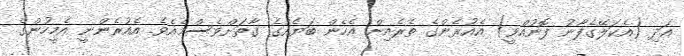
އަދި (އެކަލޭގެފާނު ފޮނުއްވީ) އެއުރެންގެ ތެރެއިން އެހެން ބަޔެއްގެ ގާތަށްވެސްމެއެވެ. އެއުރެންނީ އެމީހުންގެ